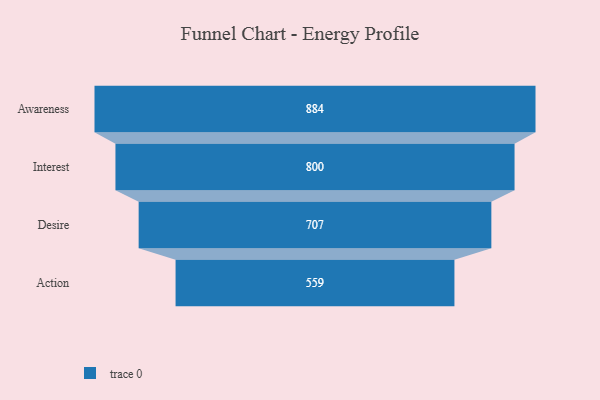
{"axis": {"x": "Stage", "y": "Value"}, "legend": [""], "data": [{"x": "Awareness", "y": 884.0, "type": ""}, {"x": "Interest", "y": 800.0, "type": ""}, {"x": "Desire", "y": 707.0, "type": ""}, {"x": "Action", "y": 559.0, "type": ""}]}